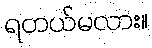
ရတယ်မလား။